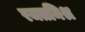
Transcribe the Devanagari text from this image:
रजतमिश्र